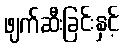
ဖျက်ဆီးခြင်းနှင့်